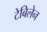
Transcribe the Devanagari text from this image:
टेबिलेन